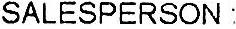
SALESPERSON :